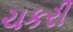
ચકરી